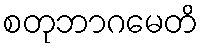
စတုဘာဂမေတိ